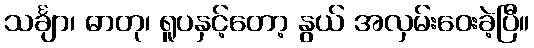
သင်္ချာ၊ ဓာတု၊ ရူပနှင့်တော့ နွယ် အလှမ်းဝေးခဲ့ပြီ။